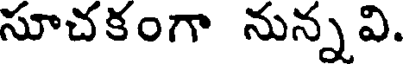
సూచకంగా నున్నవి.